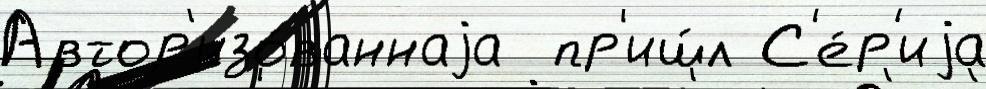
Автор'изо́ваннаjа  пр'иш́л С'е́р'иjа